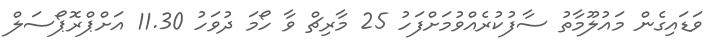
ވަޑައިގެން މައުލޫމާތު ސާފުކުރެއްވުމަށްފަހު 25 މާރިޗް ވާ ހޯމަ ދުވަހު 11.30 އަށްޕްރޮޕޯސަލް